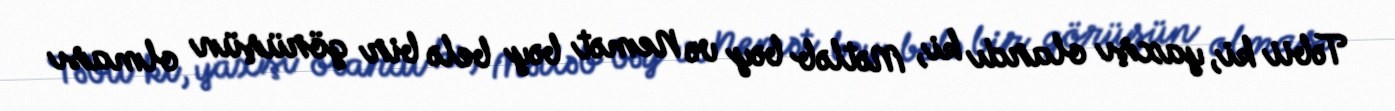
Təbii ki, yaxşı olardı ki, Mətləb bəy və Nemət bəy belə bir görüşün olması